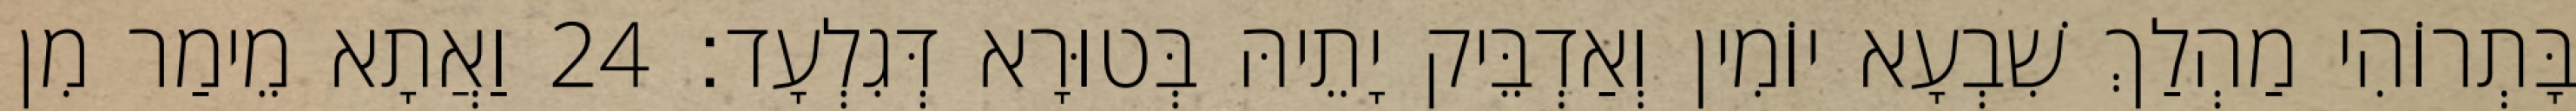
בָּתְרוֹהִי מַהְלַךְ שִׁבְעָא יוֹמִין וְאַדְבֵּיק יָתֵיהּ בְּטוּרָא דְּגִלְעָד׃ 24 וַאֲתָא מֵימַר מִן